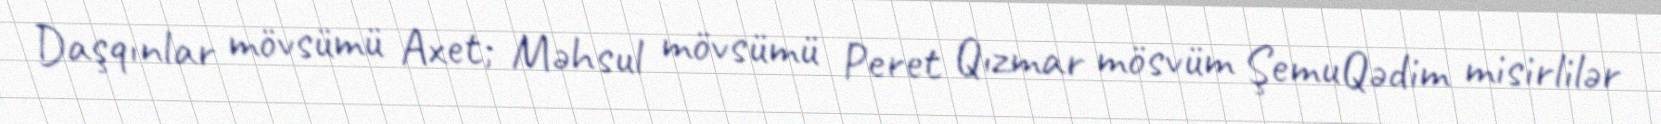
Daşqınlar mövsümü Axet; Məhsul mövsümü Peret Qızmar mösvüm ŞemuQədim misirlilər